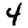
Digit: 4